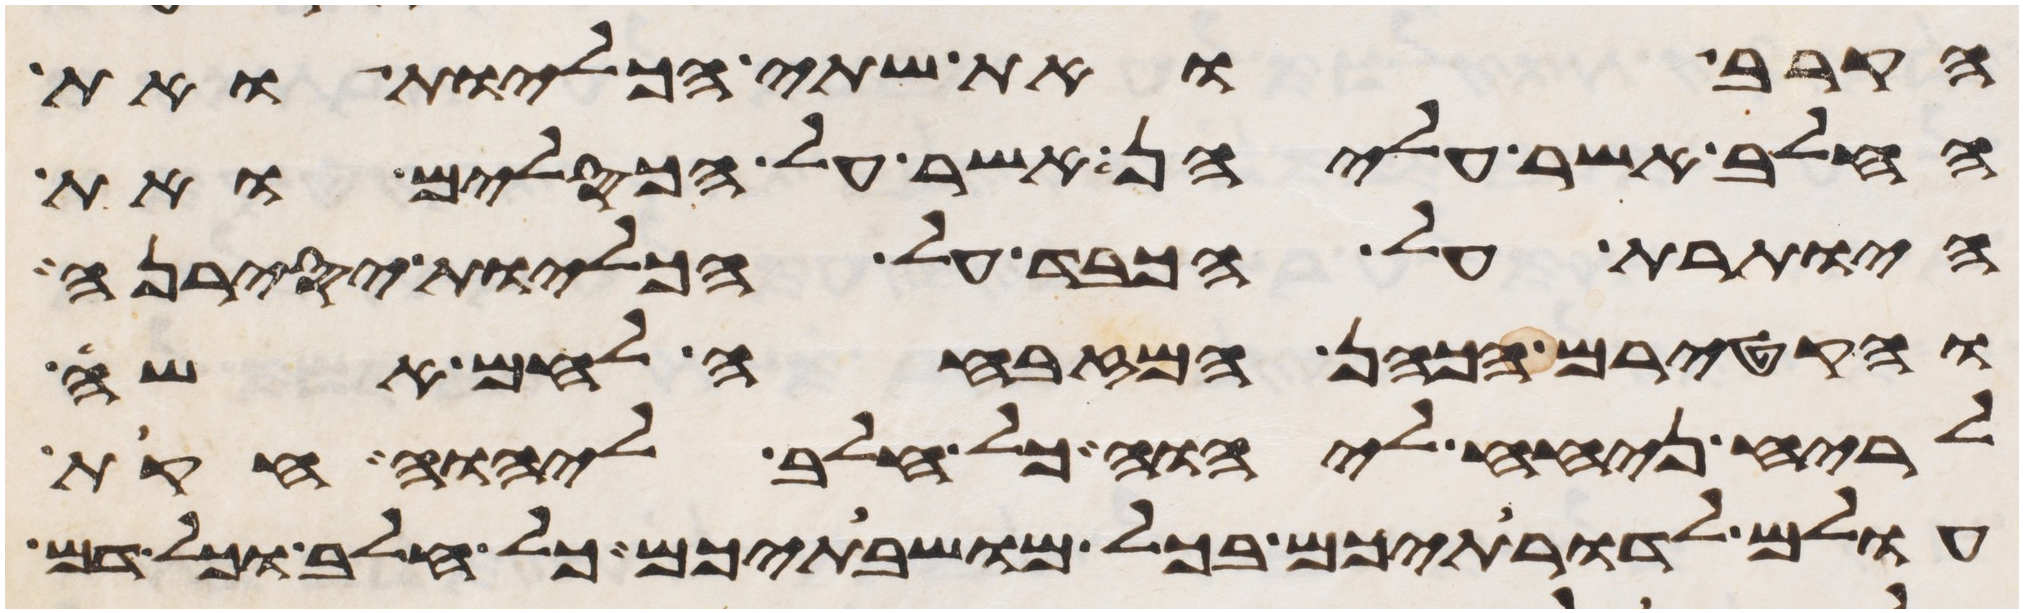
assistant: הקרב ואת שתי הכליות ואת
החלב אשר עליהן אשר על הכסלים ואת
היותרת על הכבד על הכליות יסירנה
והקטירם הכהן המזבחה לחם אשה
לריח ניחח ליהוה כל חלב ליהוה חקת
עולם לדרתיכם בכל מושבתיכם כל חלב וכל דם